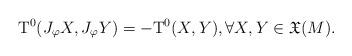
LaTeX: \begin{align*}\mathrm{T}^{0}(J_{\varphi}X,J_{\varphi}Y)=-\mathrm{T}^{0}(X,Y), \forall X, Y \in {\mathfrak X} (M).\end{align*}